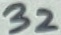
Text: 32